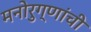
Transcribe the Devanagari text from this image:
मनोरुग्णांची